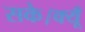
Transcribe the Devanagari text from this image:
सके।क्यूँ